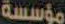
مؤسسة